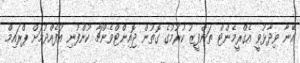
އޭނާ ވިދާޅުވީ އެގްރީމެންޓް ތަންފީޒު ކުރުމުގެ ގޮތުން ޖޮއިންޓްވެންޗާ ކުންފުނި އުފެއްދުމަށް ޕްރައިމް